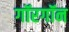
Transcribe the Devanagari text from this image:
गॉरगॉन